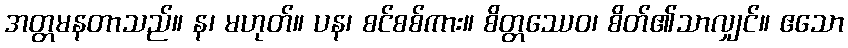
အတ္တမနတာသည်။ န၊ မဟုတ်။ ပန၊ စင်စစ်ကား။ စိတ္တဿေဝ၊ စိတ်၏သာလျှင်။ ဧသော